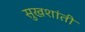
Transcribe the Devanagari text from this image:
सुखशांती